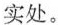
实处。